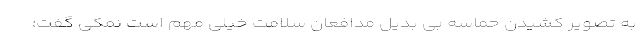
به تصویر کشیدن حماسه بی بدیل مدافعان سلامت خیلی مهم است نمکی گفت: